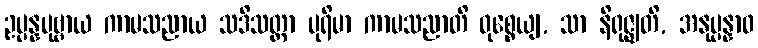
ဥပ္ပန္နပုဗ္ဗာယ ကာမသညာယ သဒိသတ္တာ ပုရိမာ ကာမသညာတိ ဝုစ္စေယျ, သာ နိရုဇ္ဈတိ, အနုပ္ပန္နာဝ